DOW-UAP-D54, Mission Report, Mediterranean Sea, NA
Agency: Department of War
Incident location: Mediterranean Sea
Page 2
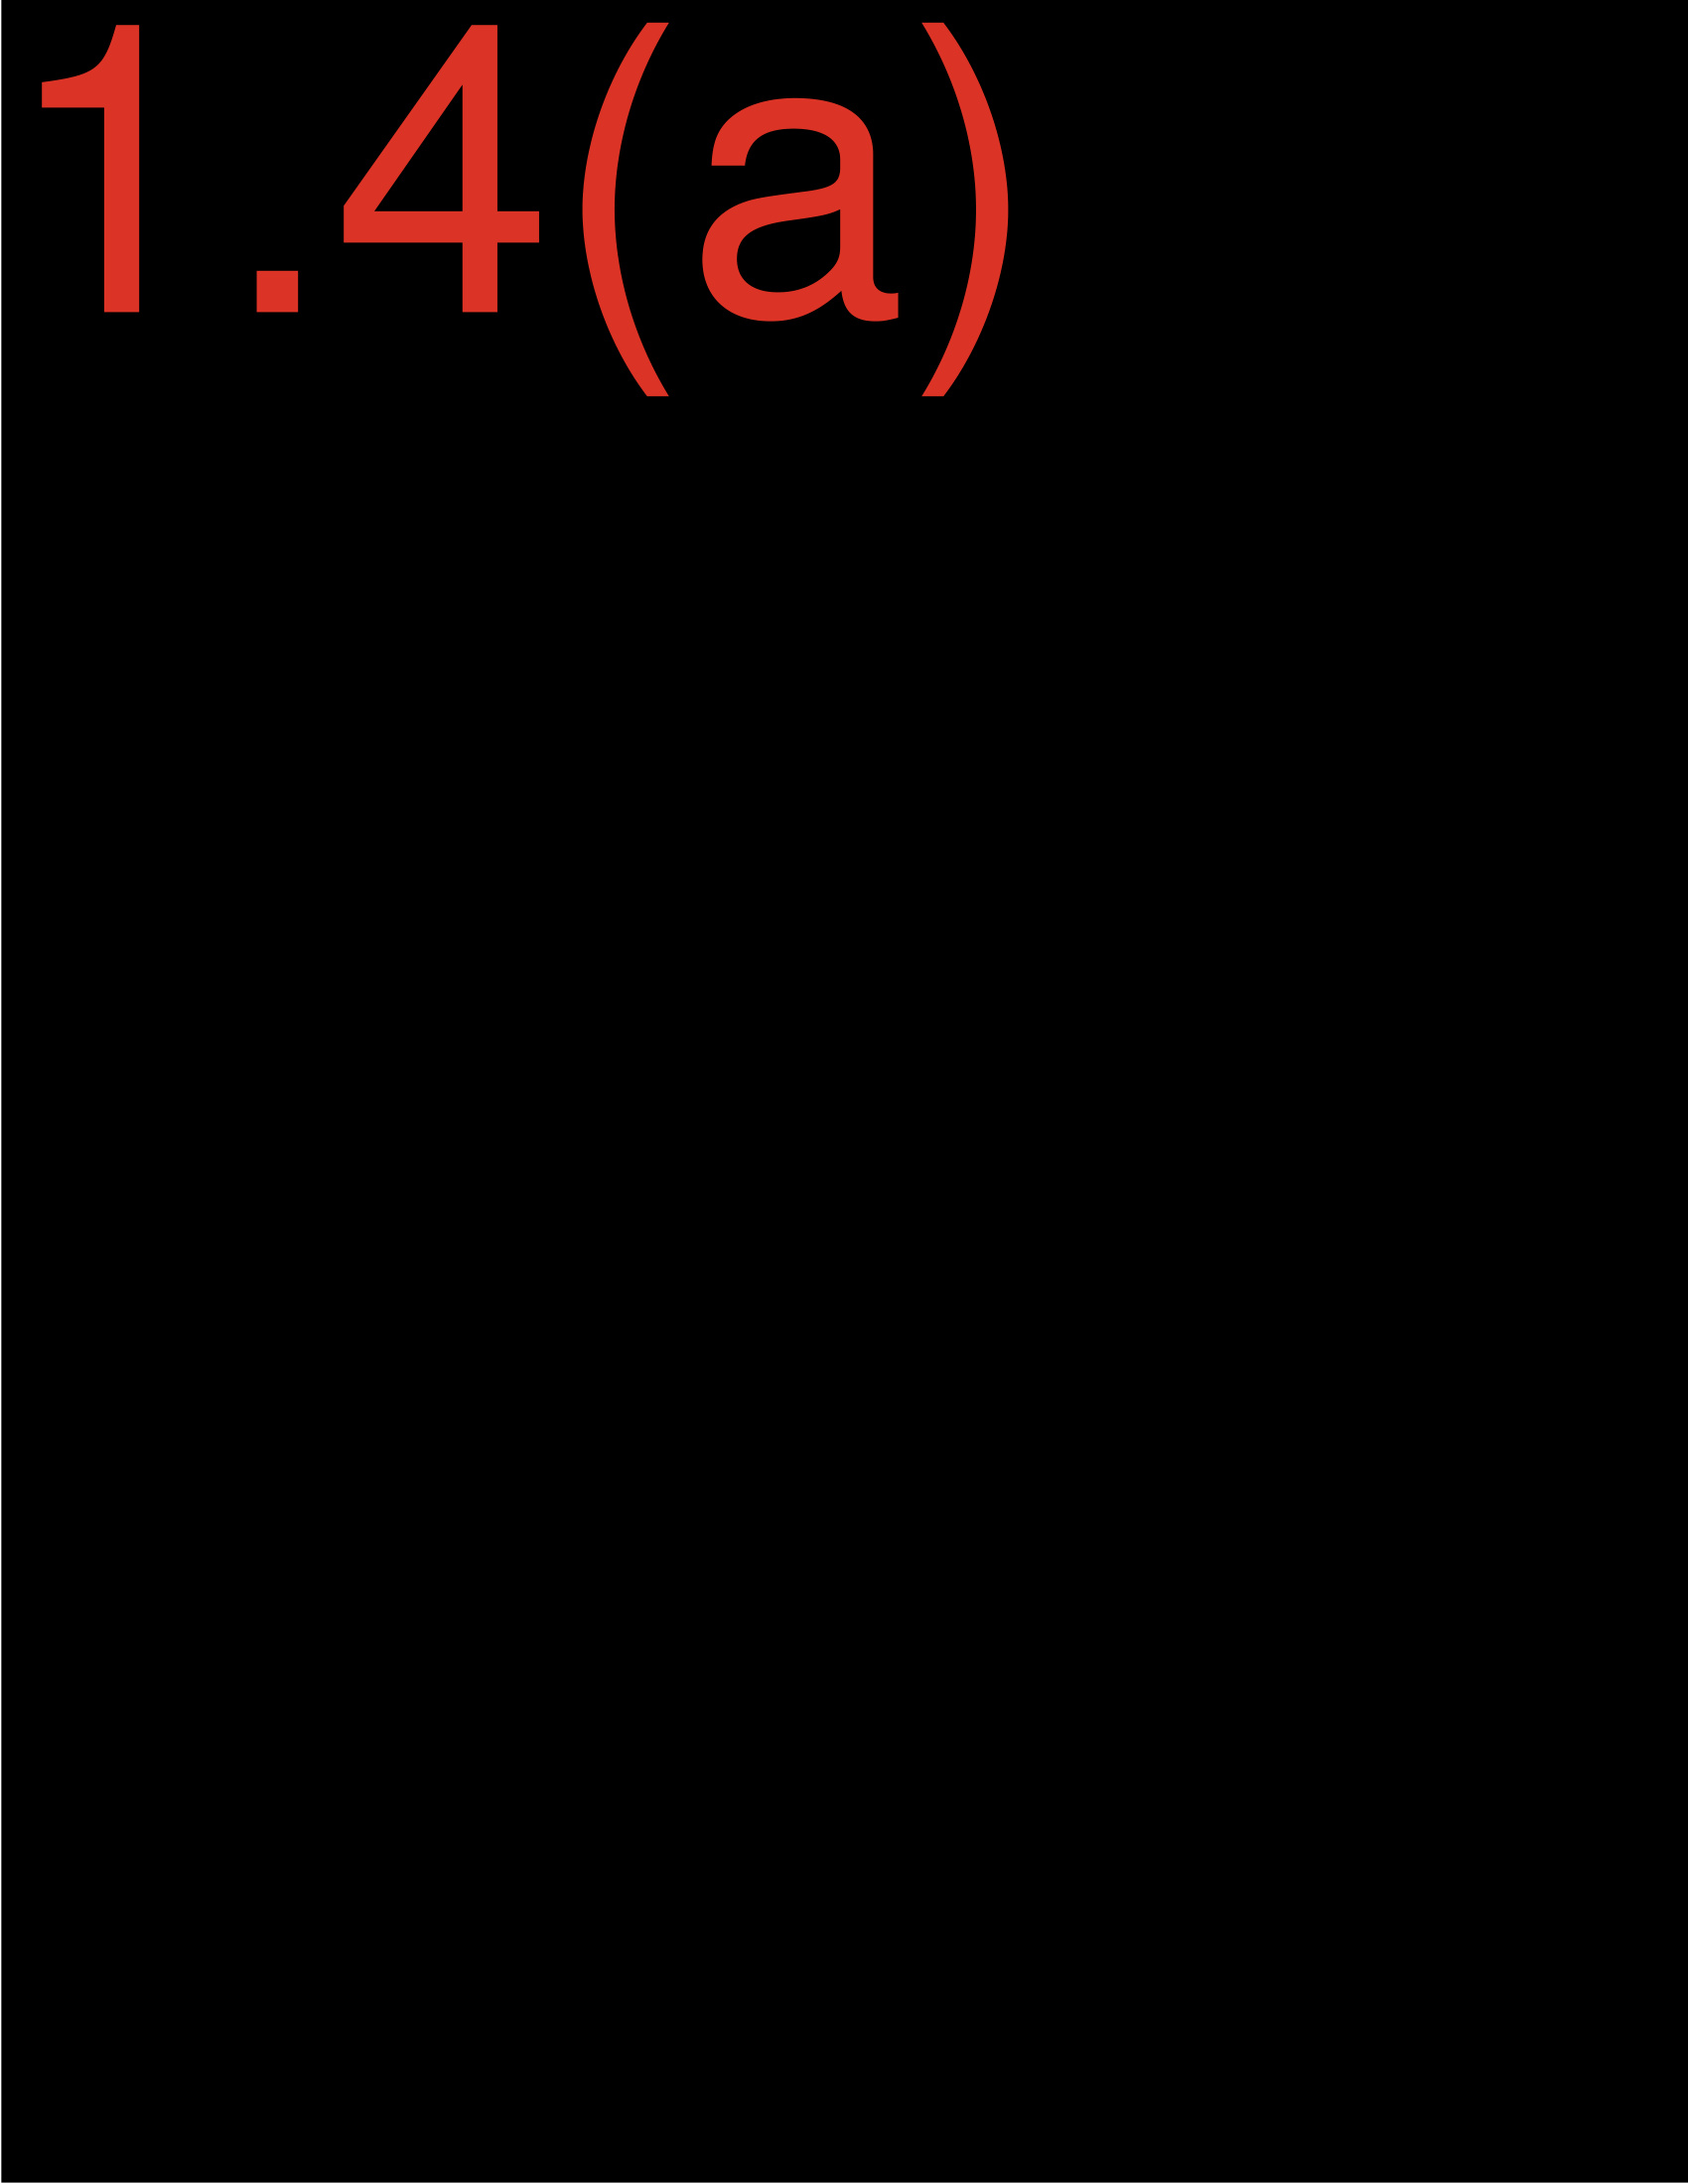